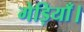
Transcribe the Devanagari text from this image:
गेड़ियाँ।